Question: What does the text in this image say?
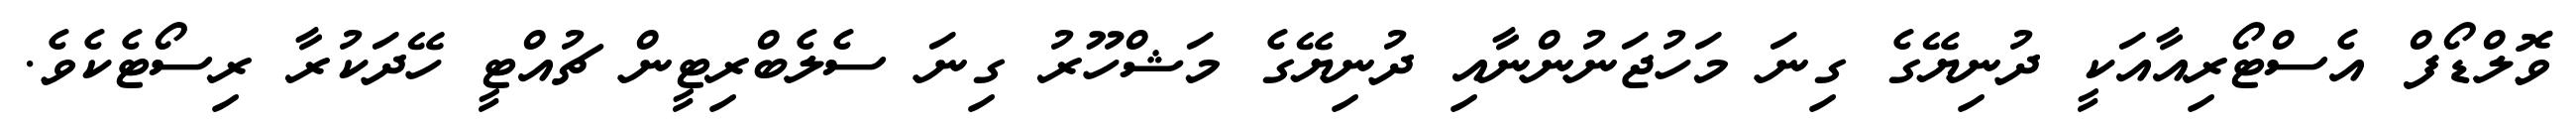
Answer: ވޮލްޑޯފް އެސްޓޯރިއާއަކީ ދުނިޔޭގެ ގިނަ މަހުޖަނުންނާއި ދުނިޔޭގެ މަޝްހޫރު ގިނަ ސެލެބްރިޓީން ޗުއްޓީ ހޭދަކުރާ ރިސޯޓެކެވެ.